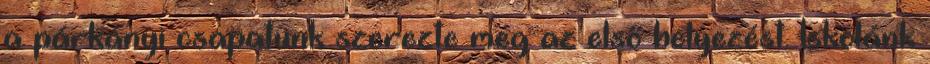
a párkányi csapatunk szerezte meg az első helyezést. Iskolánk